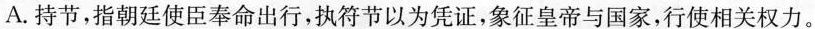
A.持节，指朝廷使臣奉命出行，执符节以为凭证，象征皇帝与国家，行使相关权力。